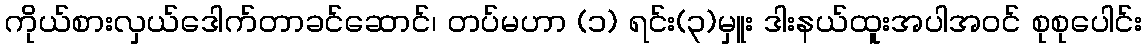
ကိုယ်စားလှယ်ဒေါက်တာခင်ဆောင်၊ တပ်မဟာ (၁) ရင်း(၃)မှူး ဒါးနယ်ထူးအပါအဝင် စုစုပေါင်း